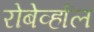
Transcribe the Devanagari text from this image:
रोबेर्व्हाल